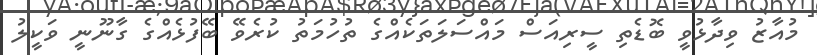
މުއާޒު ވިދާޅުވީ ބޮޑެތި ސީރިއަސް މައްސަލަތަކެއްގެ ތުހުމަތު ކުރެވޭ ބޭފުޅެއްގެ ގާނޫނީ ވަކީލު